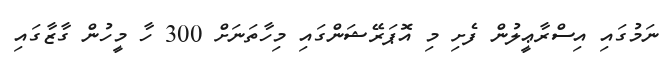
ނަމުގައި އިސްރާޢީލުން ފެށި މި އޮޕަރޭޝަންގައި މިހާތަނަށް 300 ހާ މީހުން ގާޒާގައި